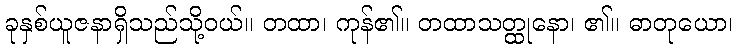
ခုနှစ်ယူဇနာရှိသည်သို့ဝယ်။ တထာ၊ ကုန်၏။ တထာသတ္ထုနော၊ ၏။ ဓာတုယော၊